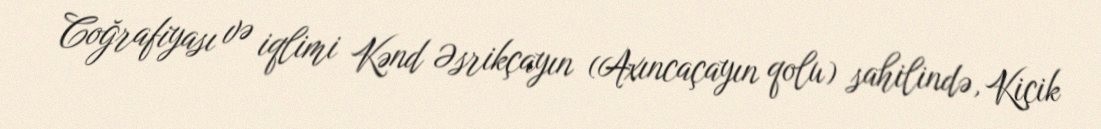
Coğrafiyası və iqlimi Kənd Əsrikçayın (Axıncaçayın qolu) sahilində, Kiçik